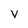
Character: v